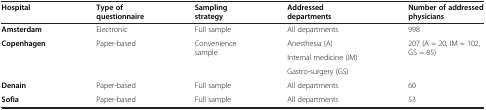
<table><thead><tr><td><b>Hospital</b></td><td><b>Type of questionnaire</b></td><td><b>Sampling strategy</b></td><td><b>Addressed departments</b></td><td><b>Number of addressed physicians</b></td></tr></thead><tbody><tr><td><b>Amsterdam</b></td><td>Electronic</td><td>Full sample</td><td>All departments</td><td>998</td></tr><tr><td rowspan="3"><b>Copenhagen</b></td><td rowspan="3">Paper-based</td><td rowspan="3">Convenience sample</td><td>Anesthesia (A)</td><td rowspan="3">207 (A = 20, IM = 102, GS = 85)</td></tr><tr><td>Internal medicine (IM)</td></tr><tr><td>Gastro-surgery (GS)</td></tr><tr><td><b>Denain</b></td><td>Paper-based</td><td>Full sample</td><td>All departments</td><td>60</td></tr><tr><td><b>Sofia</b></td><td>Paper-based</td><td>Full sample</td><td>All departments</td><td>53</td></tr></tbody></table>